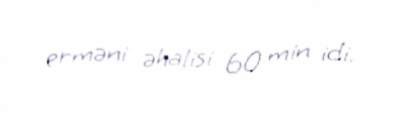
erməni əhalisi 60 min idi.